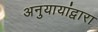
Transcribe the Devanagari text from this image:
अनुयायांद्वारा